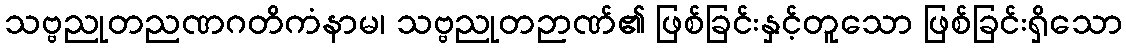
သဗ္ဗညုတညဏဂတိကံနာမ၊ သဗ္ဗညုတဉာဏ်၏ ဖြစ်ခြင်းနှင့်တူသော ဖြစ်ခြင်းရှိသော